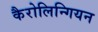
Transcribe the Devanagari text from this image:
कैरोलिन्गियन